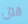
قتل